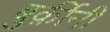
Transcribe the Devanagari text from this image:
बुर्क़ीनी